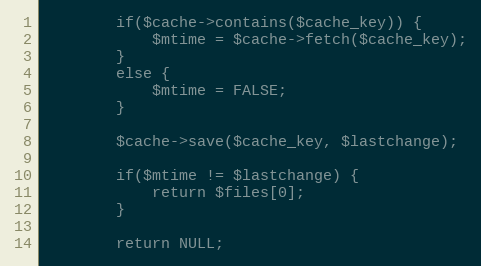
Language: PHP
        if($cache->contains($cache_key)) {
            $mtime = $cache->fetch($cache_key);
        }
        else {
            $mtime = FALSE;
        }

        $cache->save($cache_key, $lastchange);

        if($mtime != $lastchange) {
            return $files[0];
        }

        return NULL;